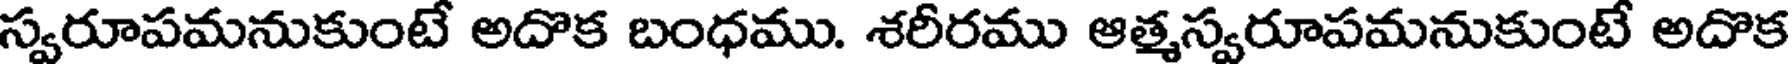
స్వరూపమనుకుంటే అదొక బంధము. శరీరము ఆత్మస్వరూపమనుకుంటే అదొక